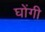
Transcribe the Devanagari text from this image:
घोंगी